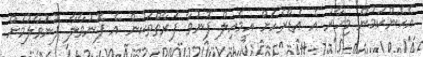
އެހެންކަމުން މިހާރު އެ އެޑްރެހަށް އީމެއިލް ފޮނުވާ ފަރާތްތަކުން އެ ފޮނުވާލާ ފޮނުވާލުމަށް